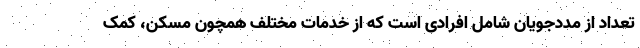
تعداد از مددجویان شامل افرادی است که از خدمات مختلف همچون مسکن، کمک